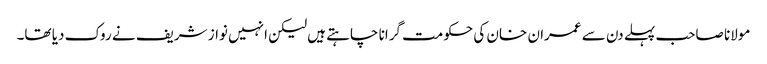
مولانا صاحب پہلے دن سے عمران خان کی حکومت گرانا چاہتے ہیں لیکن انہیں نواز شریف نے روک دیا تھا۔